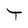
Character: T